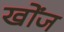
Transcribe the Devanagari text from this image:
खोंज